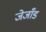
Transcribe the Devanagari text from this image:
जेजाँड